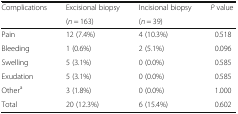
<table><thead><tr><td rowspan="2"><b>Complications</b></td><td><b>Excisional biopsy</b></td><td><b>Incisional biopsy</b></td><td rowspan="2"><b><i>P</i> value</b></td></tr><tr><td><b>(<i>n</i> = 163)</b></td><td><b>(<i>n</i> = 39)</b></td></tr></thead><tbody><tr><td>Pain</td><td>12 (7.4%)</td><td>4 (10.3%)</td><td>0.518</td></tr><tr><td>Bleeding</td><td>1 (0.6%)</td><td>2 (5.1%)</td><td>0.096</td></tr><tr><td>Swelling</td><td>5 (3.1%)</td><td>0 (0.0%)</td><td>0.585</td></tr><tr><td>Exudation</td><td>5 (3.1%)</td><td>0 (0.0%)</td><td>0.585</td></tr><tr><td>Other<sup>a</sup></td><td>3 (1.8%)</td><td>0 (0.0%)</td><td>1.000</td></tr><tr><td>Total</td><td>20 (12.3%)</td><td>6 (15.4%)</td><td>0.602</td></tr></tbody></table>